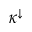
\kappa ^ { \downarrow }